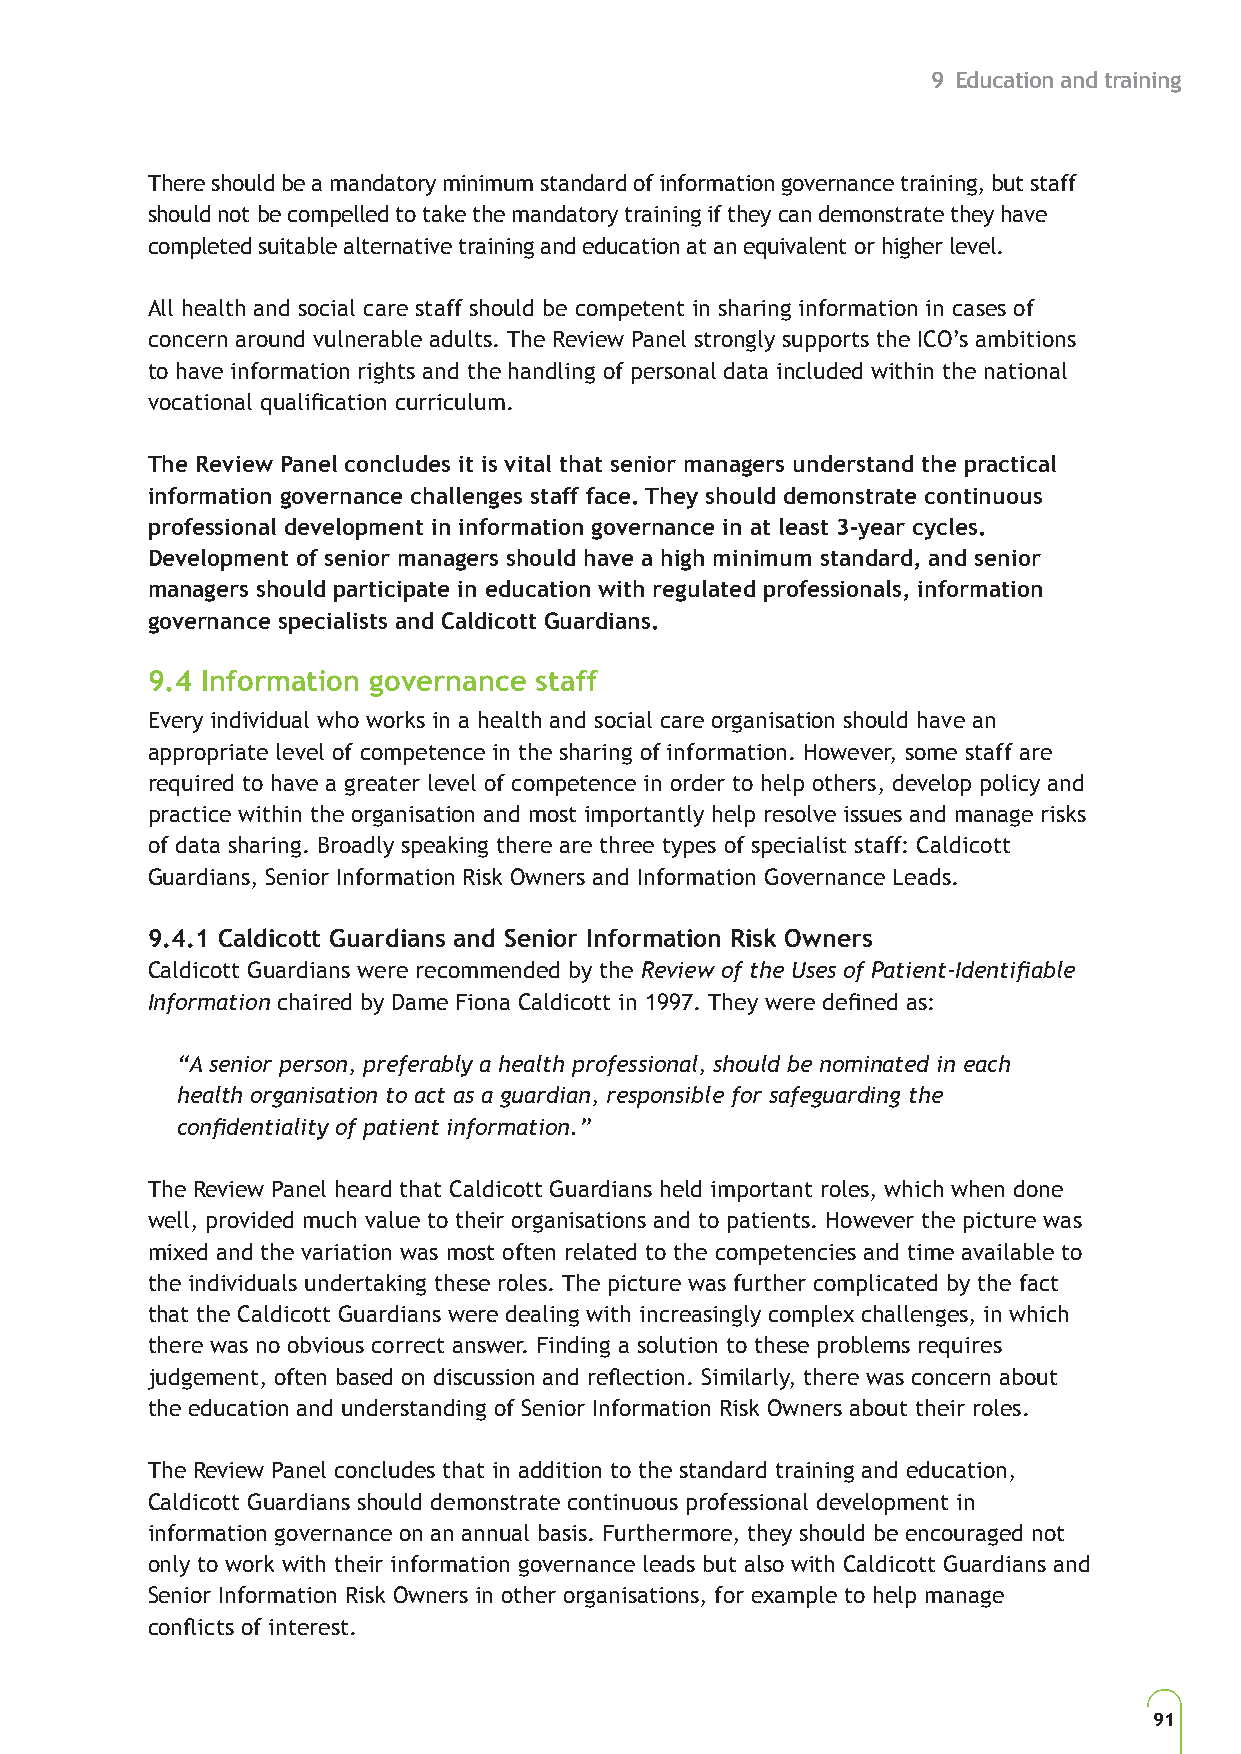
9 Education and training
 There should be a mandatory minimum standard of information governance training, but staff
 should not be compelled to take the mandatory training if they can demonstrate they have
 completed suitable alternative training and education at an equivalent or higher level.
 All health and social care staff should be competent in sharing information in cases of
 concern around vulnerable adults. The Review Panel strongly supports the ICO’s ambitions
 to have information rights and the handling of personal data included within the national
 vocational qualification curriculum.
 The Review Panel concludes it is vital that senior managers understand the practical
 information governance challenges staff face. They should demonstrate continuous
 professional development in information governance in at least 3-year cycles.
 Development of senior managers should have a high minimum standard, and senior
 managers should participate in education with regulated professionals, information
 governance specialists and Caldicott Guardians.
 9.4 Information governance staff
 Every individual who works in a health and social care organisation should have an
 appropriate level of competence in the sharing of information. However, some staff are
 required to have a greater level of competence in order to help others, develop policy and
 practice within the organisation and most importantly help resolve issues and manage risks
 of data sharing. Broadly speaking there are three types of specialist staff: Caldicott
 Guardians, Senior Information Risk Owners and Information Governance Leads.
 9.4.1 Caldicott Guardians and Senior Information Risk Owners
 Caldicott Guardians were recommended by the Review of the Uses of Patient-Identifiable
 Information chaired by Dame Fiona Caldicott in 1997. They were defined as:
 “A senior person, preferably a health professional, should be nominated in each
 health organisation to act as a guardian, responsible for safeguarding the
 confidentiality of patient information.”
 The Review Panel heard that Caldicott Guardians held important roles, which when done
 well, provided much value to their organisations and to patients. However the picture was
 mixed and the variation was most often related to the competencies and time available to
 the individuals undertaking these roles. The picture was further complicated by the fact
 that the Caldicott Guardians were dealing with increasingly complex challenges, in which
 there was no obvious correct answer. Finding a solution to these problems requires
 judgement, often based on discussion and reflection. Similarly, there was concern about
 the education and understanding of Senior Information Risk Owners about their roles.
 The Review Panel concludes that in addition to the standard training and education,
 Caldicott Guardians should demonstrate continuous professional development in
 information governance on an annual basis. Furthermore, they should be encouraged not
 only to work with their information governance leads but also with Caldicott Guardians and
 Senior Information Risk Owners in other organisations, for example to help manage
 conflicts of interest.
 91